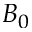
B _ { 0 }